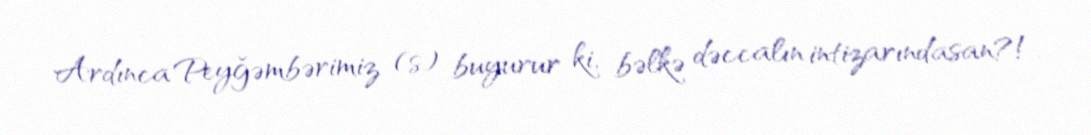
Ardınca Peyğəmbərimiz (s) buyurur ki, bəlkə dəccalın intizarındasan?!.